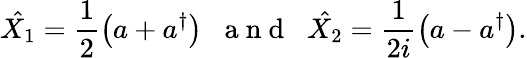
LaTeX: \hat{X_{1}}=\frac{1}{2}\left(a+a^{\dagger}\right)\; \; \mathrm{~a~n~d~}\; \; \hat{X_{2}}=\frac{1}{2i}\left(a-a^{\dagger}\right).